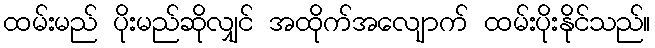
ထမ်းမည် ပိုးမည်ဆိုလျှင် အထိုက်အလျောက် ထမ်းပိုးနိုင်သည်။